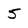
Character: 5